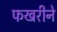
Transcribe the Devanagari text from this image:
फखरीने